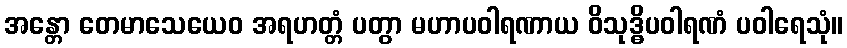
အန္တော တေမာသေယေဝ အရဟတ္တံ ပတွာ မဟာပဝါရဏာယ ဝိသုဒ္ဓိပဝါရဏံ ပဝါရေသုံ။